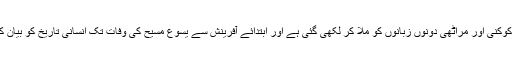
یہ کتاب کوکنی اور مراٹھی دونوں زبانوں کو ملا کر لکھی گئی ہے اور ابتدائے آفرینش سے یسوع مسیح کی وفات تک انسانی تاریخ کو بیان کرتی ہے۔